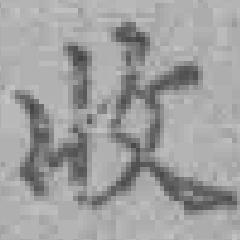
收